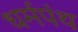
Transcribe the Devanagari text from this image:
धर्मपंथ